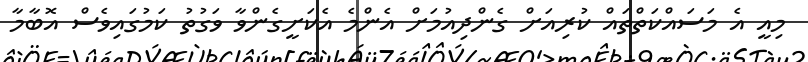
މިއީ އެ މަސައްކަތްތައް ކުރިއަށް ގެންދިއުމަށް އެންމެ އެކަށީގެންވާ ވަގުތު ކަމުގައިވެސް އޮބާމާ